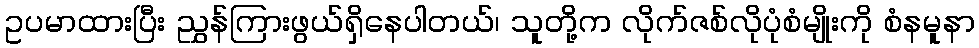
ဥပမာထားပြီး ညွှန်ကြားဖွယ်ရှိနေပါတယ်၊ သူတို့က လိုက်ဇစ်လိုပုံစံမျိုးကို စံနမူနာ